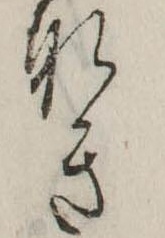
なき